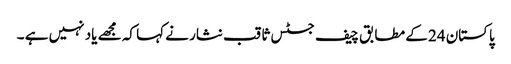
پاکستان 24 کے مطابق چیف جسٹس ثاقب نثار نے کہا کہ مجھے یاد نہیں ہے ۔